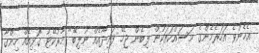
އެހެންވެ އަހަރެމެންގެ މަސައްކަތަކުން ލިބެން ޖެހޭ ފައިދާއެއް ނުލިބޭ" މާރުކޭޓު ގޮޅިއެއް ހިންގާ